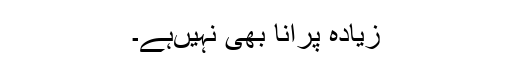
زیادہ پرانا بھی نہیںہے۔